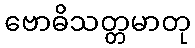
ဗောဓိသတ္တမာတု